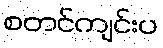
စတင်ကျင်းပ